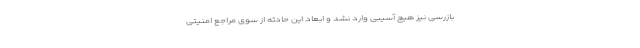
بازرسی نیز هیچ آسیبی وارد نشد و ابعاد این حادثه از سوی مراجع امنیتی